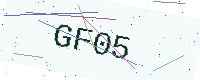
Text: GF05